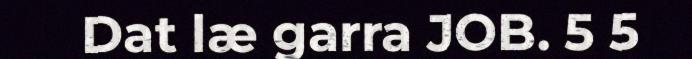
Dat læ garra JOB. 5 5